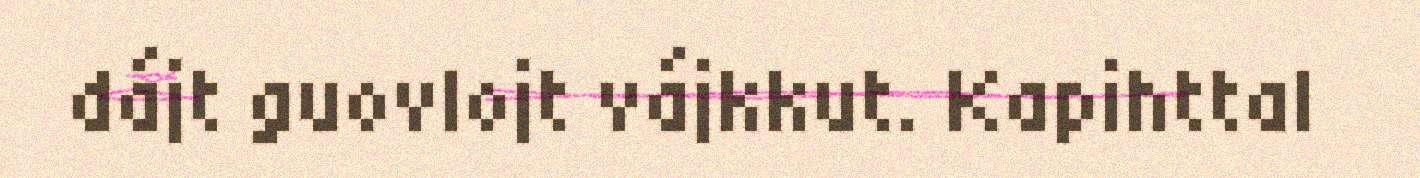
dájt guovlojt vájkkut. Kapihttal